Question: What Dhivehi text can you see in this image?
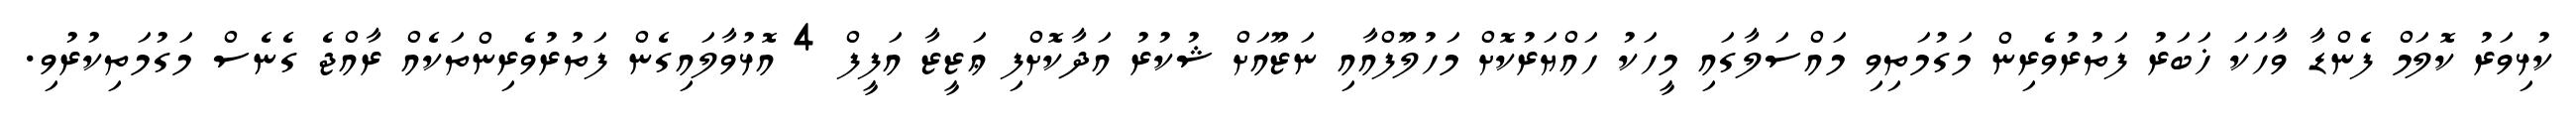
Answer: ކުޅިވަރު ކޮލަމް ފެންޑާ ވާހަކަ ޚަބަރު ފަތުރުވެރިން މަގުމަތިވި މައްސަލާގައި މީހަކު ހައްޔަރުކޮށް މަހުލޫފްއާއި ނަޒޫއަށް ޝުކުރު އަދާކޮށްފި ޢަޒީޒާ އަފީފް 4 އޮޅުވާލައިގެން ފަތުރުވެރިންތަކެއް ރާއްޖެ ގެނެސް މަގުމަތިކުރުވި.